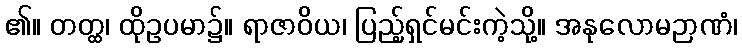
၏။ တတ္ထ၊ ထိုဥပမာ၌။ ရာဇာဝိယ၊ ပြည့်ရှင်မင်းကဲ့သို့။ အနုလောမဉာဏံ၊